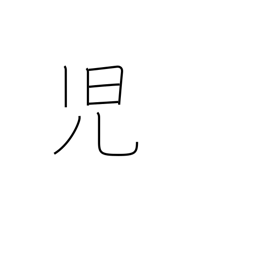
Meaning: newborn babe